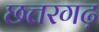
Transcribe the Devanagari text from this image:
छत्तरगढ़